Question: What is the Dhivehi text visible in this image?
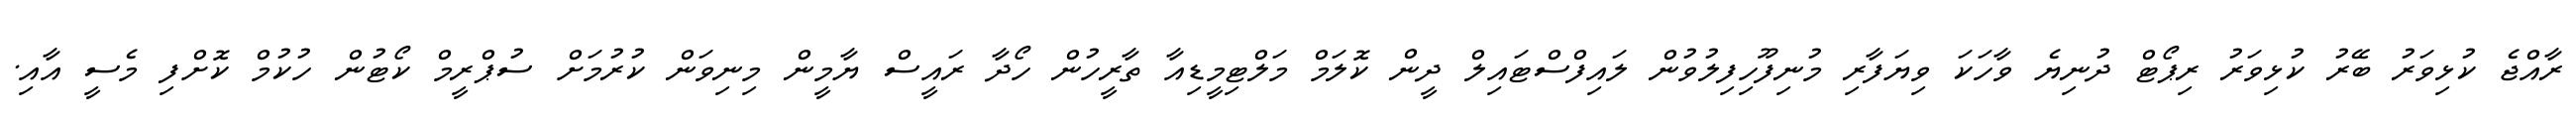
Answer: ރާއްޖެ ކުޅިވަރު ބޭރު ކުޅިވަރު ރިޕޯޓް ދުނިޔެ ވާހަކަ ވިޔަފާރި މުނިފޫހިފިލުވުން ލައިފްސްޓައިލް ދީން ކޮލަމް މަލްޓިމީޑިއާ ތާރީހުން ހޯދާ ރައީސް ޔާމީން މިނިވަން ކުރުމަށް ސުޕްރީމް ކޯޓުން ހުކުމް ކޮށްފި މެސީ އާއި.